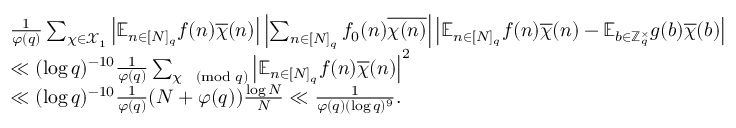
\begin{array} { r } { \begin{array} { r l } & { \frac { 1 } { \varphi ( q ) } \sum _ { \chi \in \mathcal { X } _ { 1 } } \left| \mathbb { E } _ { n \in [ N ] _ { q } } f ( n ) \overline { { \chi } } ( n ) \right| \left| \sum _ { n \in [ N ] _ { q } } f _ { 0 } ( n ) \overline { { \chi ( n ) } } \right| \left| \mathbb { E } _ { n \in [ N ] _ { q } } f ( n ) \overline { { \chi } } ( n ) - \mathbb { E } _ { b \in \mathbb { Z } _ { q } ^ { \times } } g ( b ) \overline { { \chi } } ( b ) \right| } \\ & { \ll ( \log q ) ^ { - 1 0 } \frac { 1 } { \varphi ( q ) } \sum _ { \chi \pmod { q } } \left| \mathbb { E } _ { n \in [ N ] _ { q } } f ( n ) \overline { { \chi } } ( n ) \right| ^ { 2 } } \\ & { \ll ( \log q ) ^ { - 1 0 } \frac { 1 } { \varphi ( q ) } ( N + \varphi ( q ) ) \frac { \log N } { N } \ll \frac { 1 } { \varphi ( q ) ( \log q ) ^ { 9 } } . } \end{array} } \end{array}